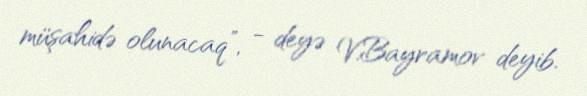
müşahidə olunacaq”, - deyə V.Bayramov deyib.